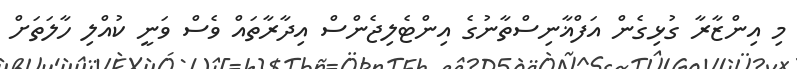
މި އިންޒާރާ ގުޅިގެން އަފްޣާނިސްތާނުގެ އިންޓެލިޖެންސް އިދާރާތައް ވެސް ވަނީ ކުއްލި ހާލަތަށް